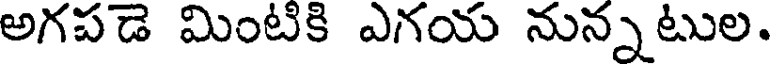
అగపడె మింటికి ఎగయ నున్నటుల.